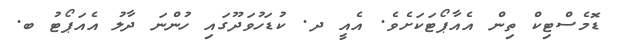
ޑޮމެސްޓިކް ތިން އެއާޕޯޓަކަށެވެ. އެއީ ދ. ކުޑަހުވަދޫގައި ހުންނަ ދާލު އެއަޕޯޓު ބ.